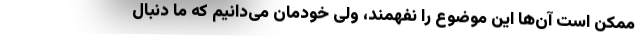
ممکن است آن‌ها این موضوع را نفهمند، ولی خودمان می‌دانیم که ما دنبال